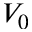
V _ { 0 }